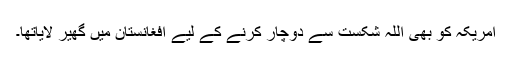
امریکہ کو بھی اللہ شکست سے دوچار کرنے کے لیے افغانستان میں گھیر لایاتھا۔